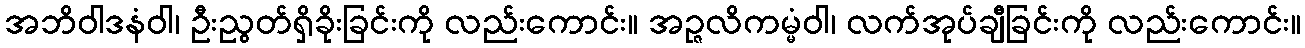
အဘိဝါဒနံဝါ၊ ဦးညွတ်ရှိခိုးခြင်းကို လည်းကောင်း။ အဉ္ဇလိကမ္မံဝါ၊ လက်အုပ်ချီခြင်းကို လည်းကောင်း။